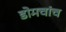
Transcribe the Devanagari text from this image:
डोमचांच